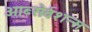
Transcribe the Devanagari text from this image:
ओब्सेर्वशन्स